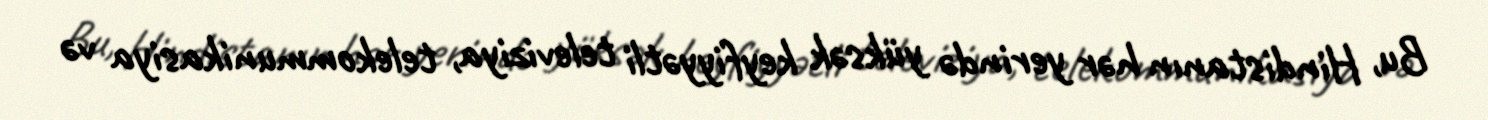
Bu, Hindistanın hər yerində yüksək keyfiyyətli televiziya, telekommunikasiya və